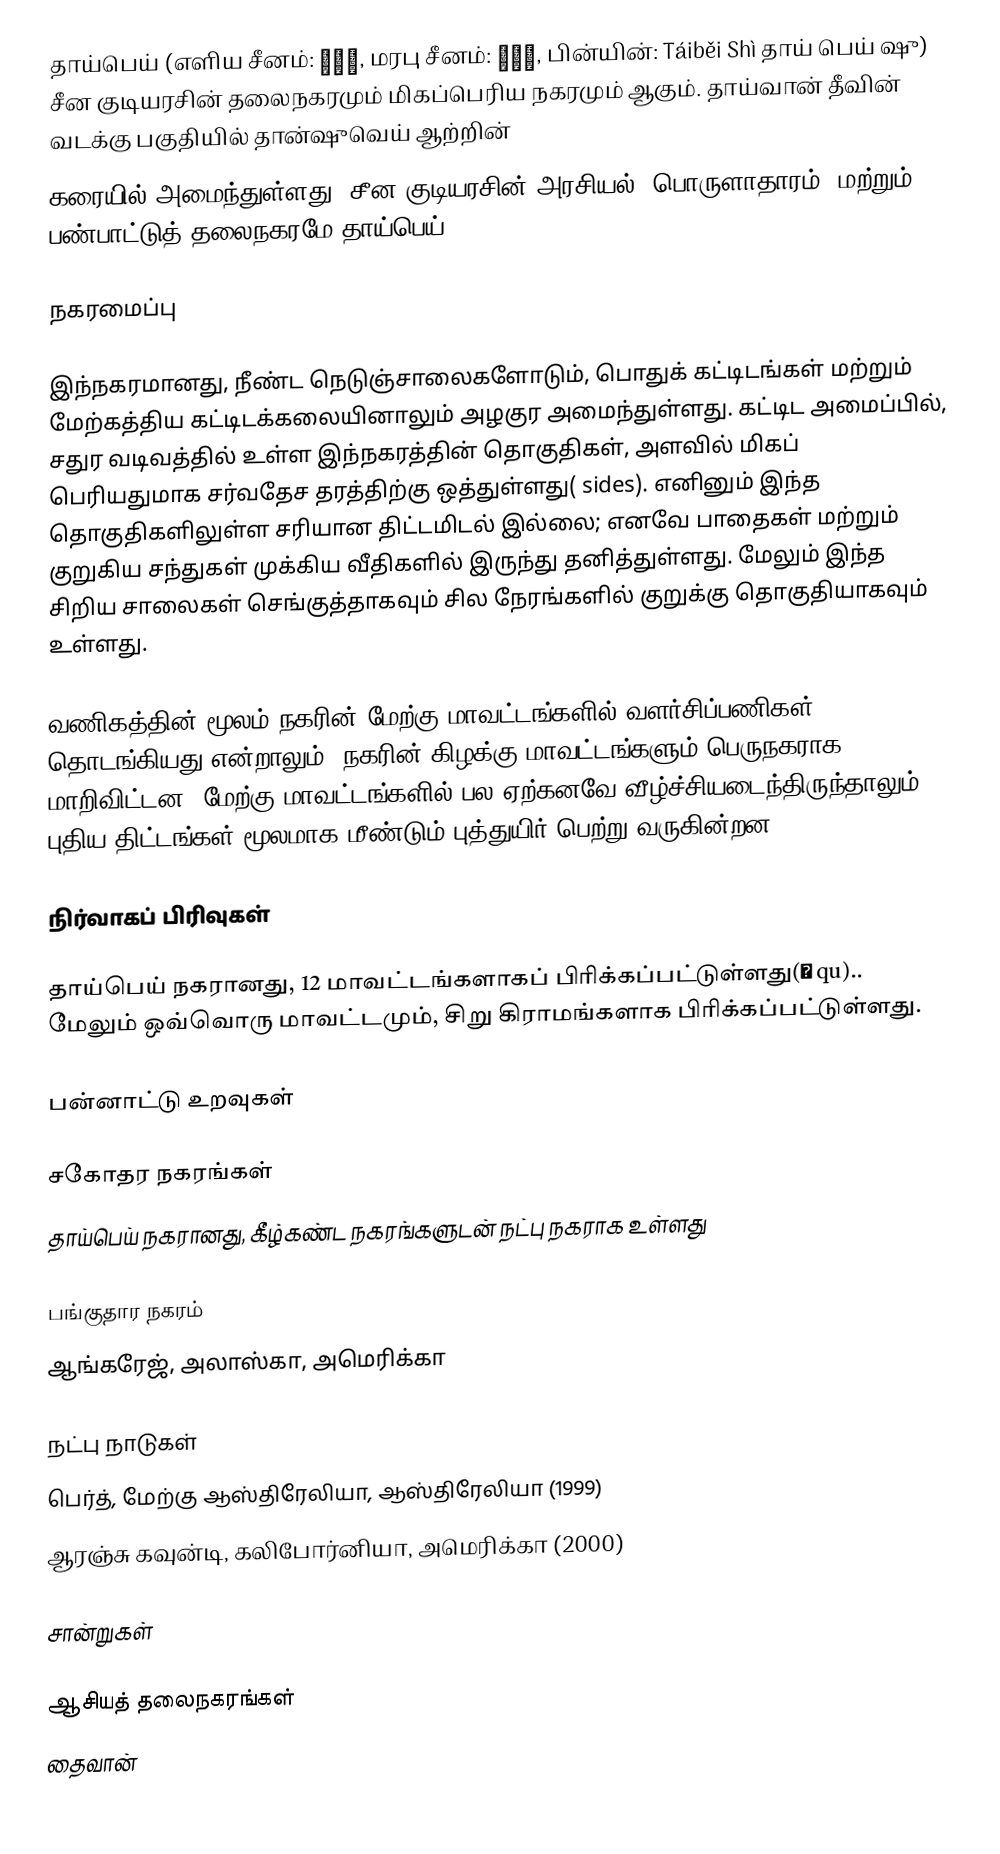
தாய்பெய் (எளிய சீனம்: 台北市, மரபு சீனம்: 臺北市, பின்யின்: Táiběi Shì தாய் பெய் ஷு) சீன குடியரசின் தலைநகரமும் மிகப்பெரிய நகரமும் ஆகும். தாய்வான் தீவின் வடக்கு பகுதியில் தான்ஷுவெய் ஆற்றின்
கரையில் அமைந்துள்ளது. சீன குடியரசின் அரசியல், பொருளாதாரம், மற்றும் பண்பாட்டுத் தலைநகரமே தாய்பெய்.

நகரமைப்பு

இந்நகரமானது, நீண்ட நெடுஞ்சாலைகளோடும், பொதுக் கட்டிடங்கள் மற்றும் மேற்கத்திய கட்டிடக்கலையினாலும் அழகுர அமைந்துள்ளது. கட்டிட அமைப்பில், சதுர வடிவத்தில் உள்ள இந்நகரத்தின் தொகுதிகள், அளவில் மிகப் பெரியதுமாக சர்வதேச தரத்திற்கு ஒத்துள்ளது( sides). எனினும் இந்த தொகுதிகளிலுள்ள சரியான திட்டமிடல் இல்லை; எனவே பாதைகள் மற்றும் குறுகிய சந்துகள் முக்கிய வீதிகளில் இருந்து தனித்துள்ளது. மேலும் இந்த சிறிய சாலைகள் செங்குத்தாகவும் சில நேரங்களில் குறுக்கு தொகுதியாகவும் உள்ளது.

வணிகத்தின் மூலம் நகரின் மேற்கு மாவட்டங்களில் வளர்சிப்பணிகள் தொடங்கியது என்றாலும், நகரின் கிழக்கு மாவட்டங்களும் பெருநகராக மாறிவிட்டன. மேற்கு மாவட்டங்களில் பல ஏற்கனவே வீழ்ச்சியடைந்திருந்தாலும், புதிய திட்டங்கள் மூலமாக மீண்டும் புத்துயிர் பெற்று வருகின்றன.

நிர்வாகப் பிரிவுகள்

தாய்பெய் நகரானது, 12 மாவட்டங்களாகப் பிரிக்கப்பட்டுள்ளது(區 qu).. மேலும் ஒவ்வொரு மாவட்டமும், சிறு கிராமங்களாக பிரிக்கப்பட்டுள்ளது.

பன்னாட்டு உறவுகள்

சகோதர நகரங்கள்
தாய்பெய் நகரானது, கீழ்கண்ட நகரங்களுடன் நட்பு நகராக உள்ளது

பங்குதார நகரம்
 ஆங்கரேஜ், அலாஸ்கா, அமெரிக்கா

நட்பு நாடுகள்
 பெர்த், மேற்கு ஆஸ்திரேலியா, ஆஸ்திரேலியா (1999)
 ஆரஞ்சு கவுன்டி, கலிபோர்னியா, அமெரிக்கா (2000)

சான்றுகள்

ஆசியத் தலைநகரங்கள்
தைவான்